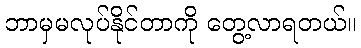
ဘာမှမလုပ်နိုင်တာကို တွေ့လာရတယ်။